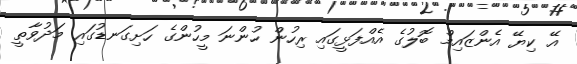
އޭ ކިޔޭ އެންޒައިމް ބޮލުގެ އެއްފަޅީގައި ރިހުން ހުންނަ މީހުންގެ ހަށިގަނޑުގައި މަދުވާތީ